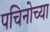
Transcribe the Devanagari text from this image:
पचिनोच्या